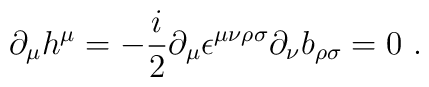
\partial _\mu h^\mu = -{i\over 2} \partial_\mu \epsilon ^{\mu\nu\rho\sigma}\partial _\nu b_{\rho\sigma} = 0 \ .